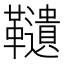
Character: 䪋